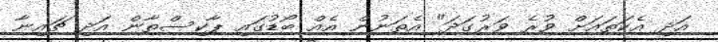
އަދި އެކަތައަށް ވުރެ ވަރުގަދަ" އެތަނުން އެއް ބޯޑުގައި ޕާކިސްތާން އަދި ޗައިނާ